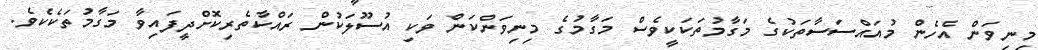
މިނިވަން އެހެން މުއައްސަސާތަކުގެ މަގާމުތަކަކީވެސް މަގާމުގެ މިނިވަންކަން ވަކި އުސޫލަކުން ރައްކާތެރިކޮށްދީފައިވާ މަގާމުތަކެކެވެ.